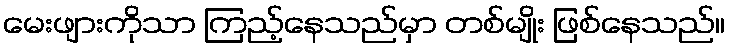
မေးဖျားကိုသာ ကြည့်နေသည်မှာ တစ်မျိုး ဖြစ်နေသည်။